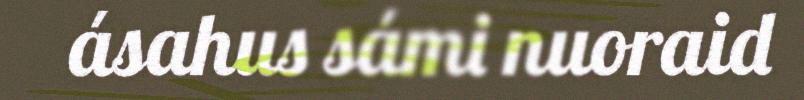
ásahus sámi nuoraid